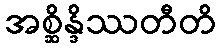
အစ္ဆိန္ဒိဿတီတိ